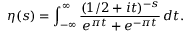
\eta ( s ) = \int _ { - \infty } ^ { \infty } { \frac { ( 1 / 2 + i t ) ^ { - s } } { e ^ { \pi t } + e ^ { - \pi t } } } \, d t .